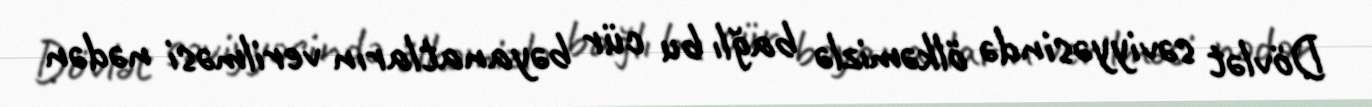
Dövlət səviyyəsində ölkəmizlə bağlı bu cür bəyanatların verilməsi nədən